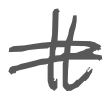
Text: It
Cross-out: double-line
Writing tool: digital_gray